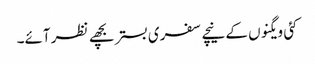
کئی ویگنوں کے نیچے سفری بستر بچھے نظر آئے۔